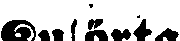
Kuörta